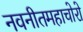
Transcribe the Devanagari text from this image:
नवनीतमहाचोरो